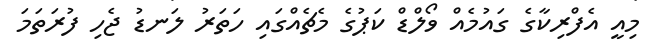
މިއީ އެފްރިކާގެ ގައުމެއް ވޯލްޑް ކަޕުގެ މެޗެއްގައި ހަތަރު ލަނޑު ޖެހި ފުރަތަމަ